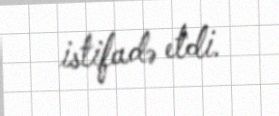
istifadə etdi.